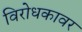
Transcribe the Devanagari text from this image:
विरोधकावर